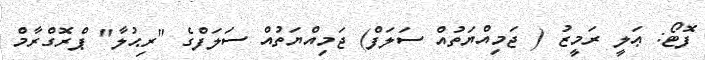
ފޮޓޯ: ޢަލީ ރަމީޒު ( ޖަމިއްޔަތުއް ސަލަފް) ޖަމިއްޔަތުއް ސަލަފްގެ "ރިޙުލާ" ޕްރޮގްރާމް